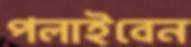
পলাইবেন